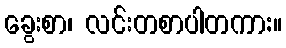
ခွေးစာ၊ လင်းတစာပါတကာ:။